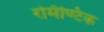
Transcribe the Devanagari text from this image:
रोमॅण्टिक